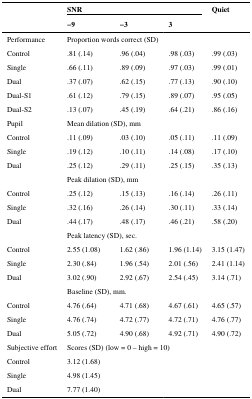
<table><thead><tr><td></td><td colspan="3"><b>SNR</b></td><td><b>Quiet</b></td></tr><tr><td></td><td><b>−9</b></td><td><b>−3</b></td><td><b>3</b></td><td></td></tr></thead><tbody><tr><td>Performance</td><td colspan="2">Proportion words correct (SD)</td><td></td><td></td></tr><tr><td>Control</td><td>.81 (.14)</td><td>.96 (.04)</td><td>.98 (.03)</td><td>.99 (.03)</td></tr><tr><td>Single</td><td>.66 (.11)</td><td>.89 (.09)</td><td>.97 (.03)</td><td>.99 (.01)</td></tr><tr><td>Dual</td><td>.37 (.07)</td><td>.62 (.15)</td><td>.77 (.13)</td><td>.90 (.10)</td></tr><tr><td>Dual-S1</td><td>.61 (.12)</td><td>.79 (.15)</td><td>.89 (.07)</td><td>.95 (.05)</td></tr><tr><td>Dual-S2</td><td>.13 (.07)</td><td>.45 (.19)</td><td>.64 (.21)</td><td>.86 (.16)</td></tr><tr><td>Pupil</td><td colspan="2">Mean dilation (SD), mm</td><td></td><td></td></tr><tr><td>Control</td><td>.11 (.09)</td><td>.03 (.10)</td><td>.05 (.11)</td><td>.11 (.09)</td></tr><tr><td>Single</td><td>.19 (.12)</td><td>.10 (.11)</td><td>.14 (.08)</td><td>.17 (.10)</td></tr><tr><td>Dual</td><td>.25 (.12)</td><td>.29 (.11)</td><td>.25 (.15)</td><td>.35 (.13)</td></tr><tr><td></td><td colspan="2">Peak dilation (SD), mm</td><td></td><td></td></tr><tr><td>Control</td><td>.25 (.12)</td><td>.15 (.13)</td><td>.16 (.14)</td><td>.26 (.11)</td></tr><tr><td>Single</td><td>.32 (.16)</td><td>.26 (.14)</td><td>.30 (.11)</td><td>.33 (.14)</td></tr><tr><td>Dual</td><td>.44 (.17)</td><td>.48 (.17)</td><td>.46 (.21)</td><td>.58 (.20)</td></tr><tr><td></td><td colspan="2">Peak latency (SD), sec.</td><td></td><td></td></tr><tr><td>Control</td><td>2.55 (1.08)</td><td>1.62 (.86)</td><td>1.96 (1.14)</td><td>3.15 (1.47)</td></tr><tr><td>Single</td><td>2.30 (.84)</td><td>1.96 (.54)</td><td>2.01 (.56)</td><td>2.41 (1.14)</td></tr><tr><td>Dual</td><td>3.02 (.90)</td><td>2.92 (.67)</td><td>2.54 (.45)</td><td>3.14 (.71)</td></tr><tr><td></td><td colspan="2">Baseline (SD), mm.</td><td></td><td></td></tr><tr><td>Control</td><td>4.76 (.64)</td><td>4.71 (.68)</td><td>4.67 (.61)</td><td>4.65 (.57)</td></tr><tr><td>Single</td><td>4.76 (.74)</td><td>4.72 (.77)</td><td>4.72 (.71)</td><td>4.76 (.77)</td></tr><tr><td>Dual</td><td>5.05 (.72)</td><td>4.90 (.68)</td><td>4.92 (.71)</td><td>4.90 (.72)</td></tr><tr><td>Subjective effort</td><td colspan="3">Scores (SD) (low = 0 – high = 10)</td><td></td></tr><tr><td>Control</td><td>3.12 (1.68)</td><td></td><td></td><td></td></tr><tr><td>Single</td><td>4.98 (1.45)</td><td></td><td></td><td></td></tr><tr><td>Dual</td><td>7.77 (1.40)</td><td></td><td></td><td></td></tr></tbody></table>